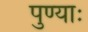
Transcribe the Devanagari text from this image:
पुण्याः